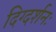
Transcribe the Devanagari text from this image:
दिग्दर्शनः